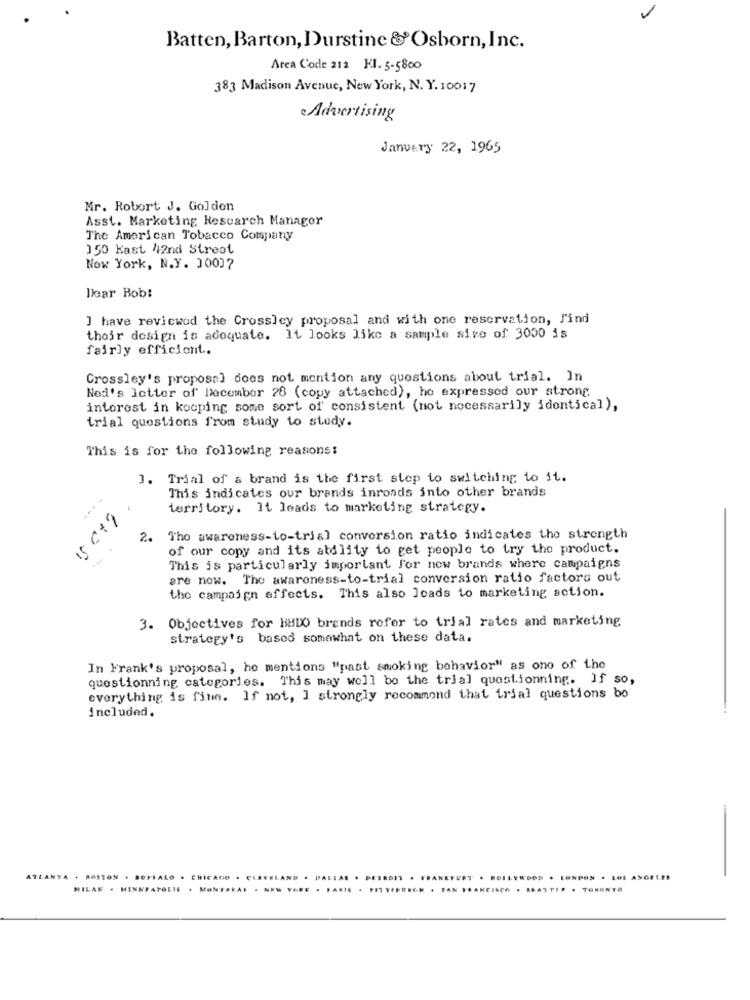
Batten, Barton,Durstine &Osborn, Inc.
Area Code 212 KI. 5-5800
383 Madison Avenue, New York, N. Y. 10017
Advertising
January 22, 1965
Mr. Robert J. Golden
Asst. Marketing Research Manager
The American Tobacco Company
150 Kast 42nd Street
Now York, N.Y. 10007
Dear Bob!
] have reviewed the Crossley proposal and with one reservation, Sind
their design is adequate. It looks like a sample size of 3000 is
fairly efficient ..
Crossley's proposal does not mention any questions about trial. In
Ned's Ictter of December 28 (copy attached), ho expressed our strong,
intorest in kooping some sort of consistent (not necessarily identical),
trial questions from study to study.
This is for the following reasons:
1. Trial of a brand is the first step to switching to it.
This indicates our brands inronds into other brands
---
territory. It leads to marketing strategy.
2. Tho awareness-to-trial conversion ratio indicates the strength
of our copy and its atdlity to get people to try the product.
This is particularly important For now brands where campaigns
are now. The awareness-to-trial conversion ratio factors out
the campaign effects. This also leads to marketing action.
3. Objectives for BBDO brands refer to trial rates and marketing
strategy's based somewhat on these data.
In Frank's proposal, he mentions "past smoking behavior" as one of the
questionning categories. This may well be the trial questionning. If so,
everything is fine. If not, I strongly recommend that trial questions bo
included.
ATLANTA . ROSTON . BUFFALO . CHICAGO . CLEVELAND . PALLAS . DETROIT . FRANKFURT . HOLLYWOOD . LONPON . LOS ANGELES
NILAF . MINNEAPOLIS . MONTAKAI . NEW YORE . PARIS . PISTEHURGH . SAN FRANCISCO . SEATTIP . TONONTA